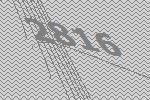
2816